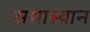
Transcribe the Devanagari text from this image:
सभास्थान